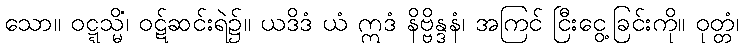
သော။ ဝဋ္ဋသ္မိံ၊ ဝဋ်ဆင်းရဲ၌။ ယဒိဒံ ယံ ဣဒံ နိဗ္ဗိန္ဒနံ၊ အကြင် ငြီးငွေ့ခြင်းကို။ ဝုတ္တံ၊